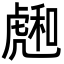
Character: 𧇮